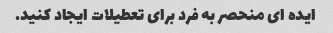
ایده ای منحصر به فرد برای تعطیلات ایجاد کنید.